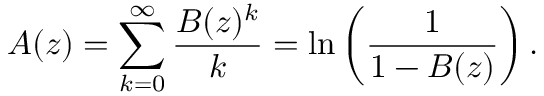
A ( z ) = \sum _ { k = 0 } ^ { \infty } { \frac { B ( z ) ^ { k } } { k } } = \ln \left( { \frac { 1 } { 1 - B ( z ) } } \right) .